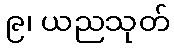
၉၊ ယညသုတ်